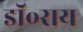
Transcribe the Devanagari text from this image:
डॉ॰राय